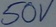
Text: 50V